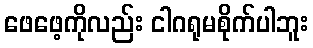
ဖေဖေ့ကိုလည်း ငါဂရုမစိုက်ပါဘူး